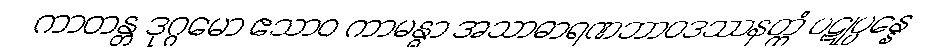
ကာတန္တ ဒုဂ္ဂမော ဧသာဝ ကာမန္ဓာ အသာဓာရဏဘာဝဒဿနတ္ထံ ပဋုပ္ပန္နေ